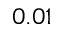
0 . 0 1